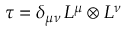
\tau = \delta _ { \mu \nu } \, { \cal L } ^ { \mu } \otimes { \cal L } ^ { \nu }